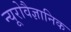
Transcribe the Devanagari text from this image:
न्यूरोवैज्ञानिक